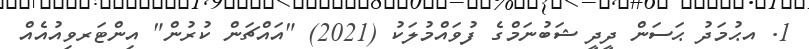
1. އޙުމަދު ޙަސަން ދީދީ ޝަބުނަމްގެ ފުވައްމުލަކު (2021) "އައްޗަން ކުރުން" އިންޓަރވިއުއެއް